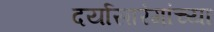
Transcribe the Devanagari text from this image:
दर्यासारंगांच्या